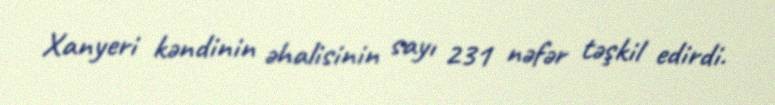
Xanyeri kəndinin əhalisinin sayı 231 nəfər təşkil edirdi.